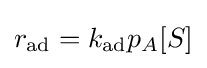
r_{\text{ad}}=k_{\text{ad}}p_{A}[S]